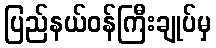
ပြည်နယ်ဝန်ကြီးချုပ်မှ